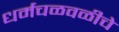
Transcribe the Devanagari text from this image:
धर्मचळवळीचे